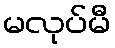
မလုပ်မီ